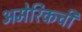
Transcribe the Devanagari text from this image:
अमेरिकची